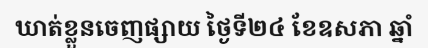
ឃាត់ខ្លួនចេញផ្សាយ ថ្ងៃទី២៤ ខែឧសភា ឆ្នាំ